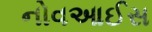
નોવઆઈસ